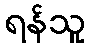
ရန်သူ